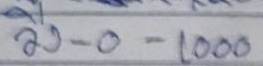
วิ่ง - 0 - 1000